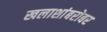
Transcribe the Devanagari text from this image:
खलाशांबरोबर